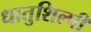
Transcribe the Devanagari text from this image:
धातुशिल्पी